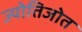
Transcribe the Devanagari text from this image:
ज्योतिजोत